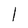
Character: l